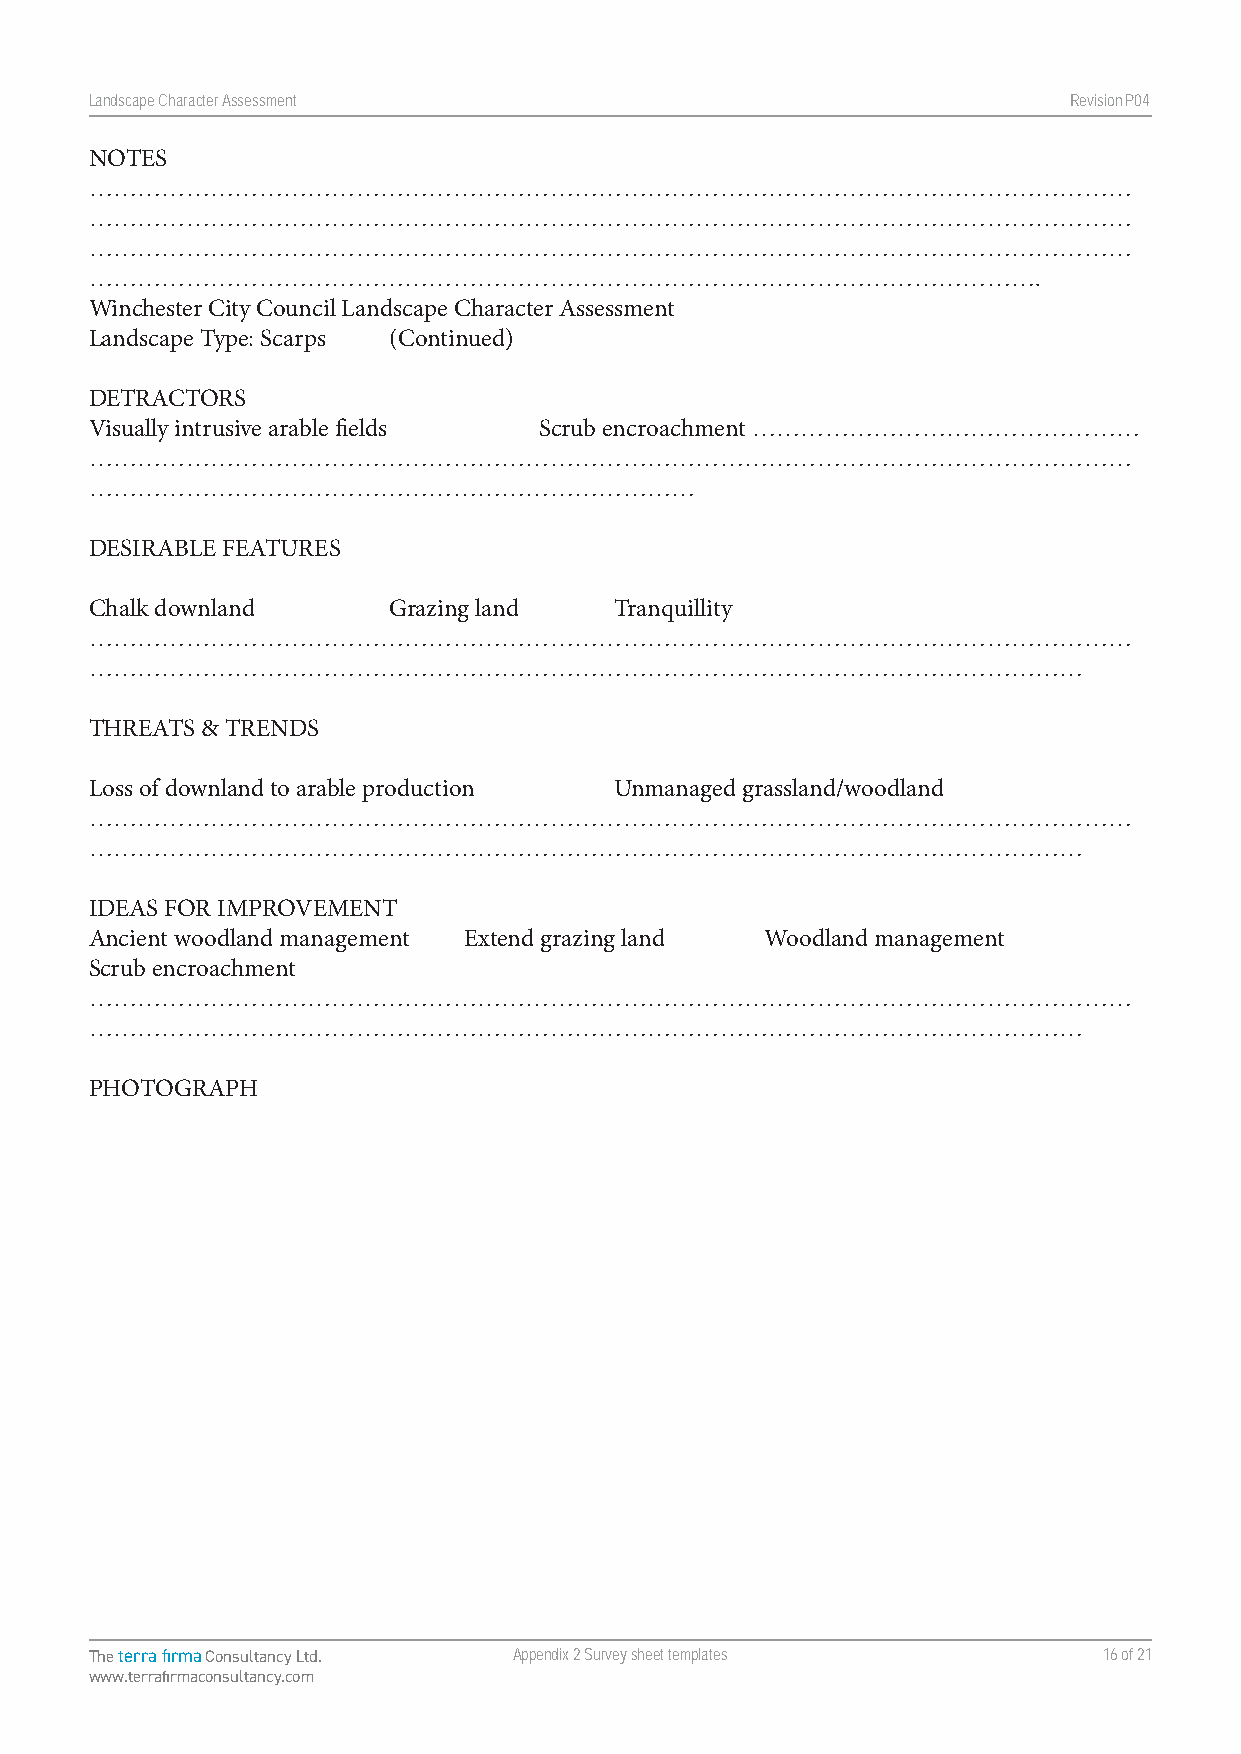
Landscape Character Assessment                                   RevisionP047
 NOTES
 …………………………………………………………………………………………………………………
 …………………………………………………………………………………………………………………
 …………………………………………………………………………………………………………………
 ……………………………………………………………………………………………………….
 Winchester City Council Landscape Character Assessment
 Landscape Type: Scarps (Continued)
 DETRACTORS
 Visually intrusive arable fields Scrub encroachment …………………………………………
 …………………………………………………………………………………………………………………
 …………………………………………………………………
 DESIRABLE FEATURES
 Chalk downland      Grazing land   Tranquillity
 …………………………………………………………………………………………………………………
 ……………………………………………………………………………………………………………
 THREATS & TRENDS
 Loss of downland to arable production Unmanaged grassland/woodland
 …………………………………………………………………………………………………………………
 ……………………………………………………………………………………………………………
 IDEAS FOR IMPROVEMENT
 Ancient woodland management Extend grazing land Woodland management
 Scrub encroachment
 …………………………………………………………………………………………………………………
 ……………………………………………………………………………………………………………
 PHOTOGRAPH
 The terra firma Consultancy Ltd. Appendix 2 Survey sheet templates 16 of 21
 www.terrafirmaconsultancy.com